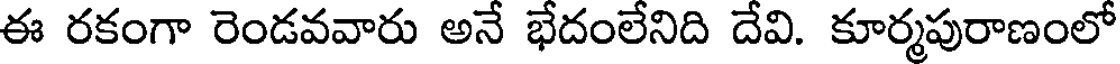
ఈ రకంగా రెండవవారు అనే భేదంలేనిది దేవి. కూర్మపురాణంలో